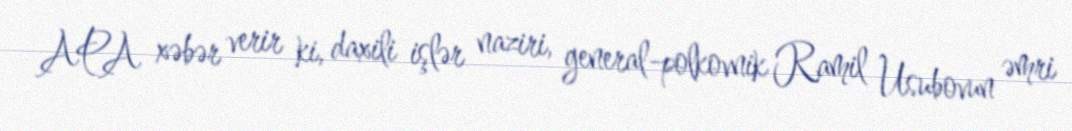
APA xəbər verir ki, daxili işlər naziri, general-polkovnik Ramil Usubovun əmri